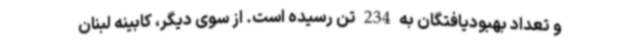
و تعداد بهبودیافتگان به 234 تن رسیده است. از سوی دیگر، کابینه لبنان